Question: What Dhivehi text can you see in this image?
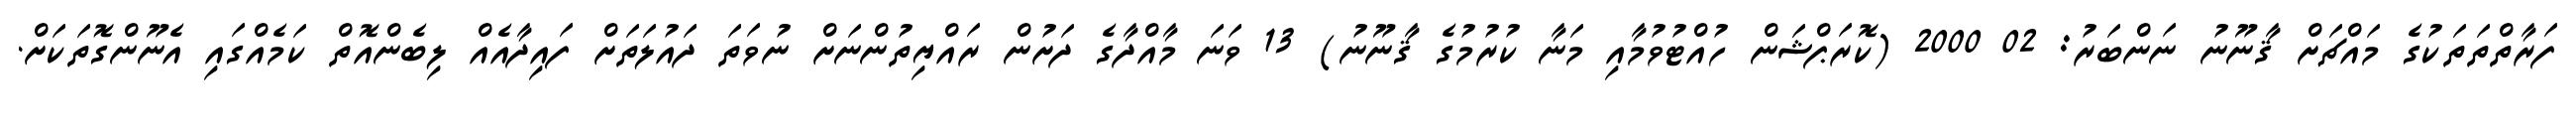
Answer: ފަރާތްތަތަކުގެ މައްޗަށް ޤާނޫނު ނަންބަރު: 02 2000 (ކޮރަޕްޝަން ހުއްޓުވުމާއި މަނާ ކުރުމުގެ ޤާނޫނު) 13 ވަނަ މާއްދާގެ ދަށުން ރައްޔިތުންނަށް ނުވަތަ ދައުލަތަށް ފައިދާއެއް ލިބެންއޮތް ކަމެއްގައި އެނޫންގޮތަކަށް.